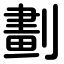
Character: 劃